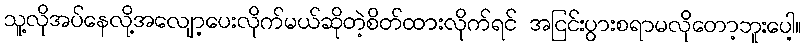
သူ့လိုအပ်နေလို့အလျော့ပေးလိုက်မယ်ဆိုတဲ့စိတ်ထားလိုက်ရင် အငြင်းပွားစရာမလိုတော့ဘူးပေါ့။